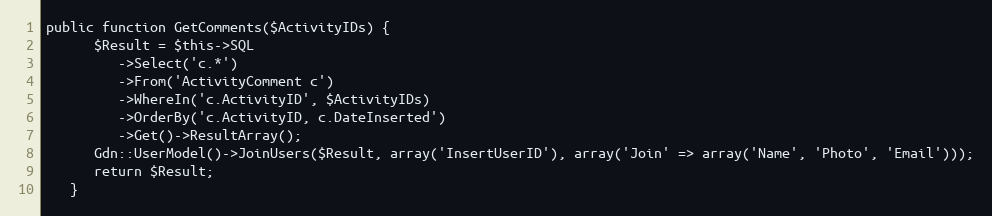
Language: PHP
public function GetComments($ActivityIDs) {
      $Result = $this->SQL
         ->Select('c.*')
         ->From('ActivityComment c')
         ->WhereIn('c.ActivityID', $ActivityIDs)
         ->OrderBy('c.ActivityID, c.DateInserted')
         ->Get()->ResultArray();
      Gdn::UserModel()->JoinUsers($Result, array('InsertUserID'), array('Join' => array('Name', 'Photo', 'Email')));
      return $Result;
   }